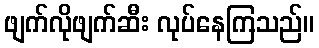
ဖျက်လိုဖျက်ဆီး လုပ်နေကြသည်။